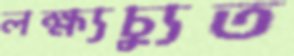
লক্ষ্যচ্যুত